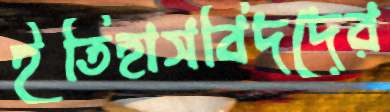
ইতিহাসবিদদের